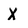
Character: X